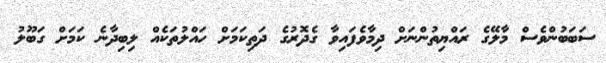
ސަބަބުންވެސް މާލޭގެ ރައްޔިތުންނަށް ދިމާވެފައިވާ ގެދޮރުގެ ދަތިކަމަށް ހައްލުތަކެއް ލިބިދާނެ ކަމަށް ގަބޫލު